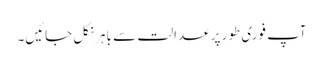
آپ فوری طور پر عدالت سے باہر نکل جائیں۔